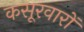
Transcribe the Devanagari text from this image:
कसूरवारों